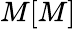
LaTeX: M[M]